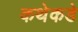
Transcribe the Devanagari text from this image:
कथेकडे